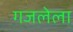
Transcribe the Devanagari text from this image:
गजलेला